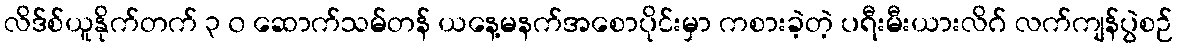
လိဒ်စ်ယူနိုက်တက် ၃ ၀ ဆောက်သမ်တန် ယနေ့မနက်အစောပိုင်းမှာ ကစားခဲ့တဲ့ ပရီးမီးယားလိဂ် လက်ကျန်ပွဲစဉ်